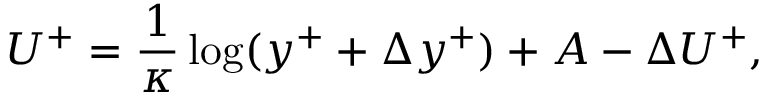
U ^ { + } = \frac { 1 } { \kappa } \log ( y ^ { + } + \Delta y ^ { + } ) + A - \Delta U ^ { + } ,